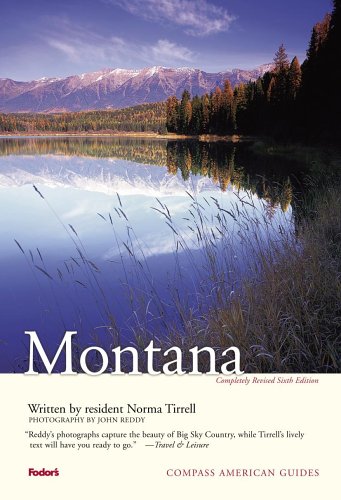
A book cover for Compass American Guides: Montana, 6th Edition (Full-color Travel Guide); Norma Tirrell; Travel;